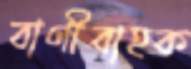
বাণীবাহক